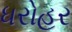
ધરોહર